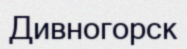
Дивногорск